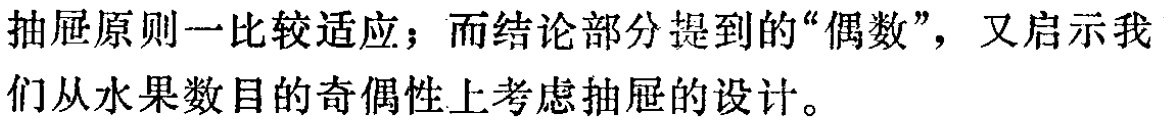
先讨论五堆水果中苹果的情况。由于五堆中的苹果数只有为奇数或偶数两种情况。根据抽屉原则二，五堆中至少有三堆苹果数的奇偶性相同。再考虑这三堆里梨的情况。由抽屉原则一，这三堆里至少有两堆梨数的奇偶性相同。这样，我们就找到了两堆水果，它的苹果数同奇或同偶，梨数也同奇或同偶。即它的苹果数的和或梨数的和都是偶数。